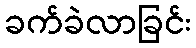
ခက်ခဲလာခြင်း